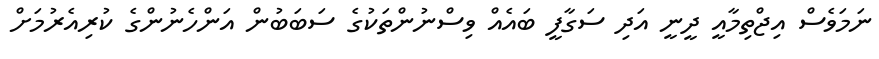
ނަމަވެސް އިޖްތިމާއީ ދީނީ އަދި ސަގާފީ ބައެއް ވިސްނުންތަކުގެ ސަބަބުން އަންހެނުންގެ ކުރިއެރުމަށް